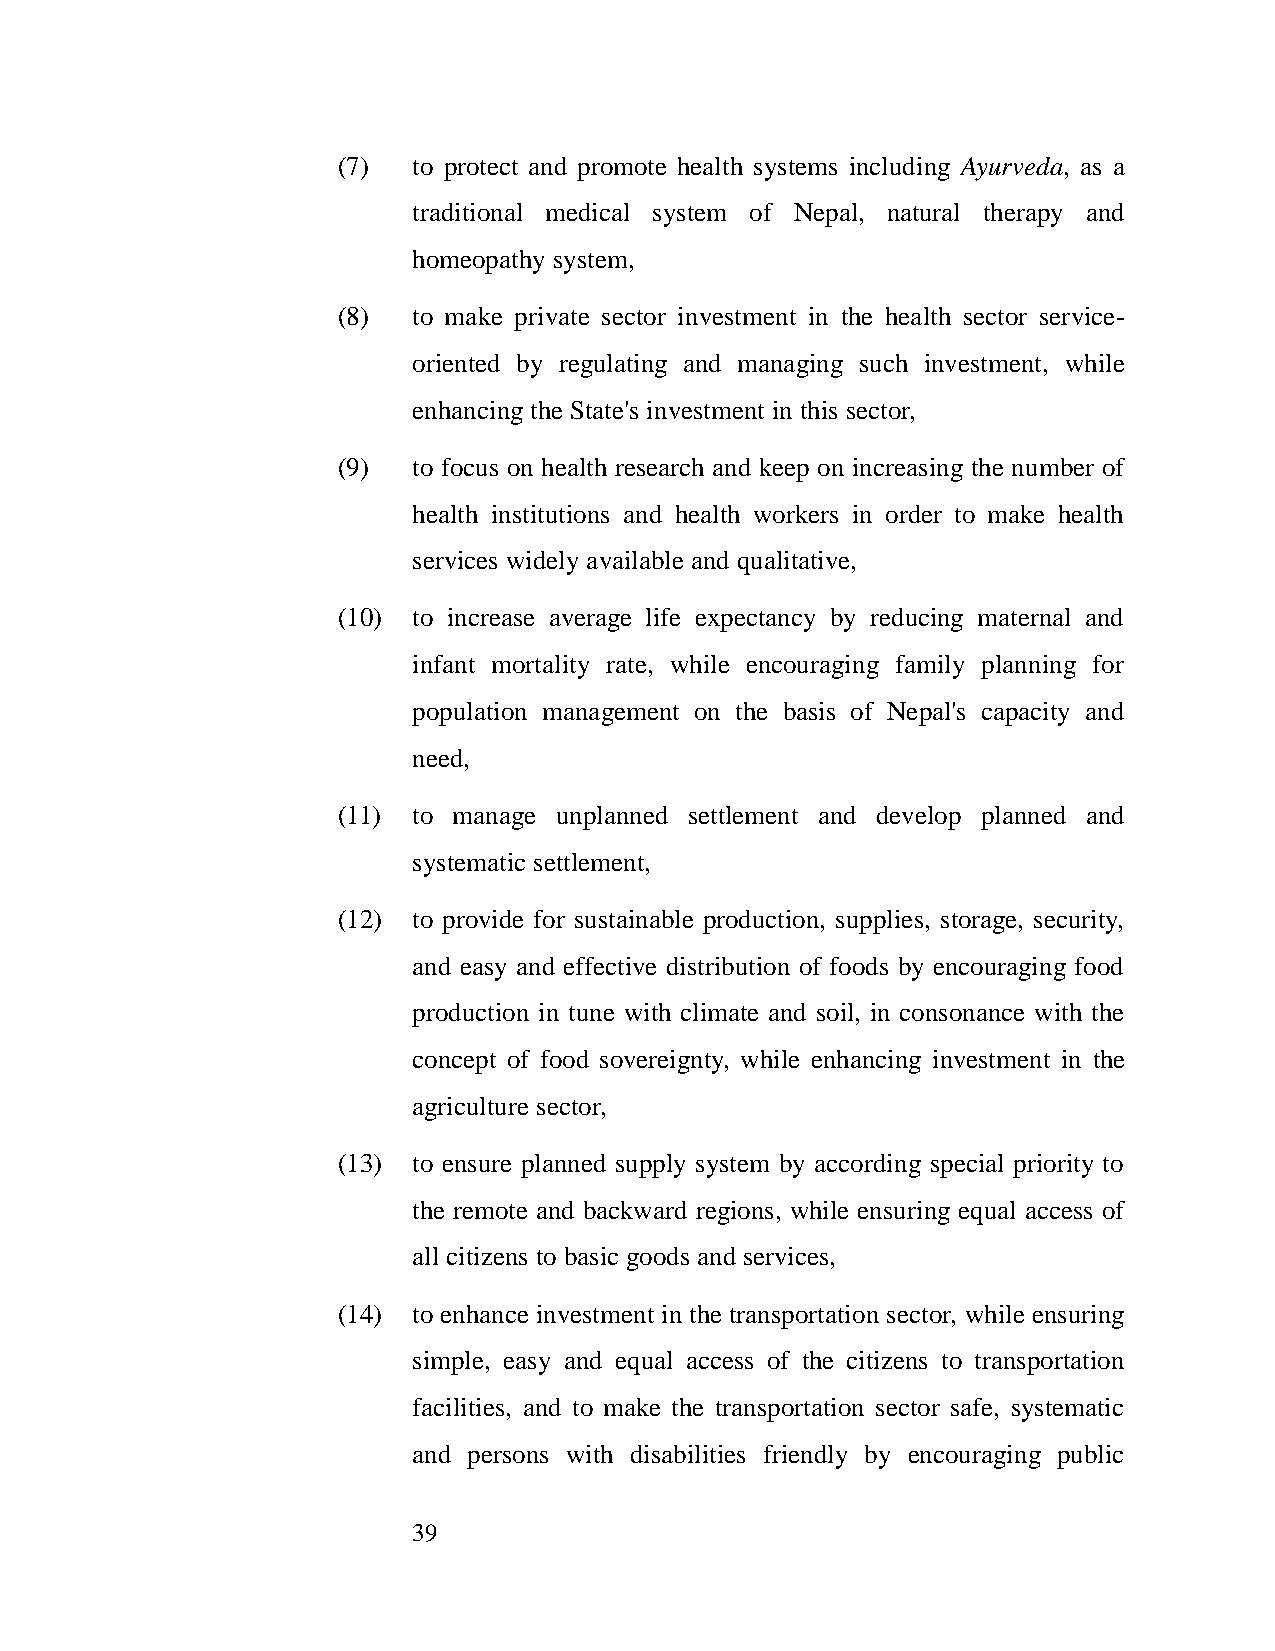
(7)  to protect and promote health systems including Ayurveda, as a
 traditional medical system of Nepal, natural therapy and
 homeopathy system,
 (8)  to make private sector investment in the health sector service-
 oriented by regulating and managing such investment, while
 enhancing the State's investment in this sector,
 (9)  to focus on health research and keep on increasing the number of
 health institutions and health workers in order to make health
 services widely available and qualitative,
 (10) to increase average life expectancy by reducing maternal and
 infant mortality rate, while encouraging family planning for
 population management on the basis of Nepal's capacity and
 need,
 (11) to manage unplanned settlement and develop planned and
 systematic settlement,
 (12) to provide for sustainable production, supplies, storage, security,
 and easy and effective distribution of foods by encouraging food
 production in tune with climate and soil, in consonance with the
 concept of food sovereignty, while enhancing investment in the
 agriculture sector,
 (13) to ensure planned supply system by according special priority to
 the remote and backward regions, while ensuring equal access of
 all citizens to basic goods and services,
 (14) to enhance investment in the transportation sector, while ensuring
 simple, easy and equal access of the citizens to transportation
 facilities, and to make the transportation sector safe, systematic
 and persons with disabilities friendly by encouraging public
 39